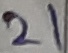
Text: 21